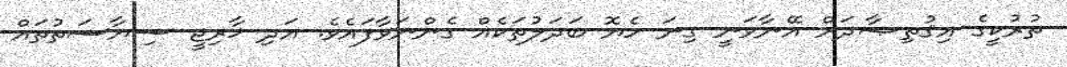
ތުރުކީގެ އިޤުތިޞާދަށް އޭނާވަނީ ގިނަ ހެޔޮ ބަދަލުތަކެއް ގެންނަވާފައެވެ. އަދި ޚާރިޖީ ސިޔާސަތުތައް